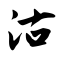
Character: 沽